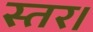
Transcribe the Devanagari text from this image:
स्तर।